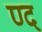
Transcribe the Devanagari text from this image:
ण्द